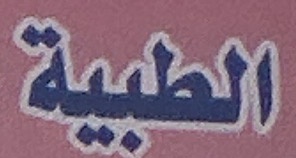
الطبیة